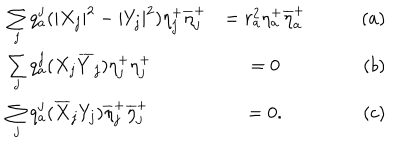
LaTeX: \begin{array} { l c r } { { \sum _ { j } q _ { a } ^ { j } ( | X _ { j } | ^ { 2 } - | Y _ { j } | ^ { 2 } ) \eta _ { j } ^ { + } \overline { { { \eta } } } _ { j } ^ { + } } } & { { = r _ { a } ^ { 2 } \eta _ { a } ^ { + } \overline { { { \eta } } } _ { a } ^ { + } \qquad } } & { { ( a ) } } \\ { { \sum _ { j } q _ { a } ^ { j } ( X _ { j } \overline { { { Y } } } _ { j } ) \eta _ { j } ^ { + } { \eta } _ { j } ^ { + } } } & { { = 0 \qquad } } & { { ( b ) } } \\ { { \sum _ { j } q _ { a } ^ { j } ( \overline { { { X } } } _ { j } { Y _ { j } } ) \overline { { { \eta } } } _ { j } ^ { + } \overline { { { \eta } } } _ { j } ^ { + } } } & { { = 0 . \qquad } } & { { ( c ) } } \\ \end{array}